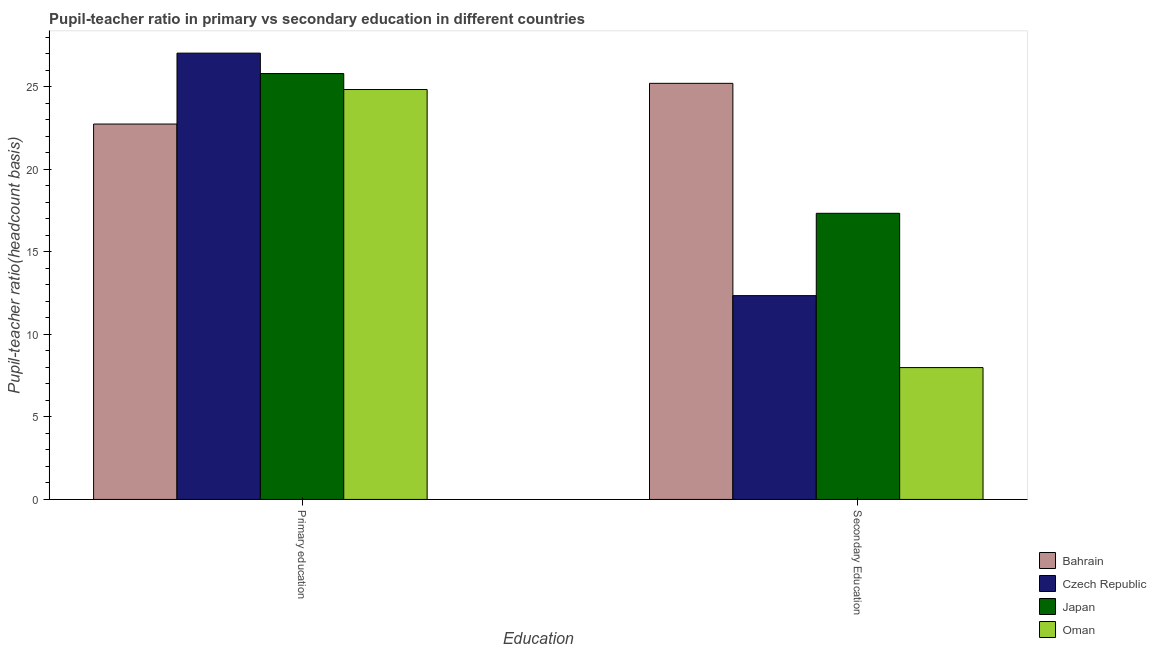
| Education | Bahrain | Czech Republic | Japan | Oman |
 | --- | --- | --- | --- | --- |
 | Primary education | 22.7 | 27 | 25.8 | 24.8 |
 | Secondary Education | 25.2 | 12.3 | 17.3 | 7.98 |